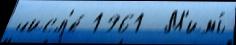
числ'е́ 1961  М'имь́